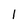
Character: l